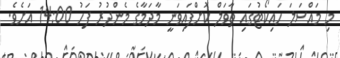
މި މައްސަލަ ހައިކޯޓުގައި ތާވަލް ކޮށްފައިވަނީ މާދަމާގެ މެންދުރު ފަހު 14:00 އަށެވެ.